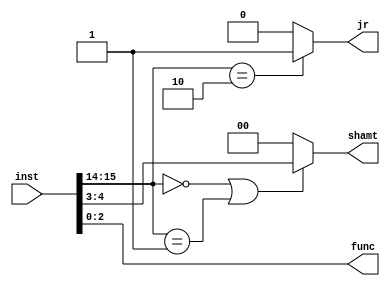
/*
* 	Nathan Chinn
* 	Minion CPU - NanoQuarter
*
*	Module:  ALU
*	Inputs:  instruction
*	Outputs: function code, shift amount, jump register
*
*/

module ALUControl(	input[15:0]	inst,	// Instruction
			output reg[2:0]	func,	// function	
			output reg[1:0]	shamt,	// shift amount
			output reg	jr	// jump register?  - as of 9/8/16 I have forgot what this is supposed to do...
	  );
	parameter rType = 2'b00;
	parameter iType = 2'b01;
	parameter jType = 2'b10;

	always @(*)
	begin
		func = inst[2:0];
		if (inst[15:14] == rType || inst[15:14] == iType)
			shamt = inst[4:3];
		else
			shamt = 2'b00;
	
		if (inst[15:14] == jType)
			jr = 1'b1;	
		else
			jr = 1'b0;	
			
	end
endmodule